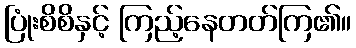
ပြုံးစိစိနှင့် ကြည့်နေတတ်ကြ၏။